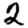
Digit: 2